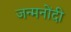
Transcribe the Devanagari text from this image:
जन्मनोंदी